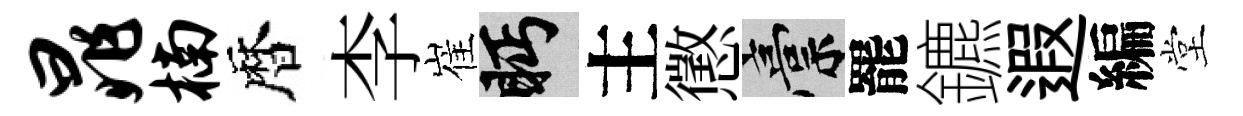
晁楠暦李崔眄主懲稿罷鑣遐編堂